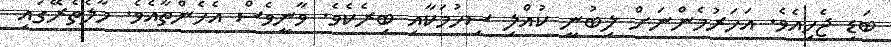
ބަޑި ޖެހިއެވެ. އަހަރުމެންނަށް ލިބުނީ ކުއްލި ސިހުމަކާއި ބިރެކެވެ. ވާނީވެސް އެހެންތާއެވެ. މާލެތެރޭގައި